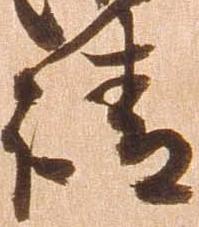
請